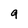
Character: 9